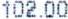
102.00